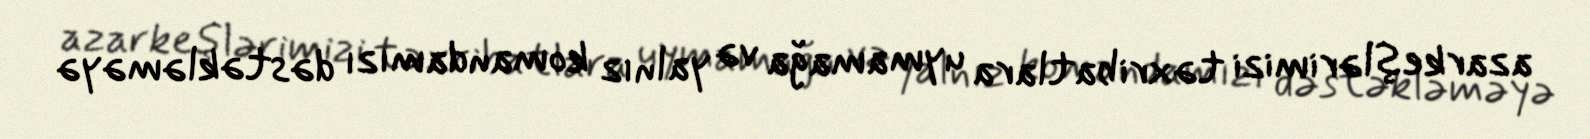
azarkeşlərimizi təxribatlara uymamağa və yalnız komandamızı dəstəkləməyə